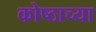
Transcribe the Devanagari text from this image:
कोष्ठाच्या